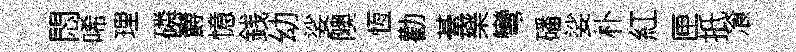
悶唏理磷欝憶銭幼娑隩恆勸䑓樂彎磻娑朴紅匣扺飡